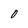
Character: 0